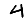
Digit: 4